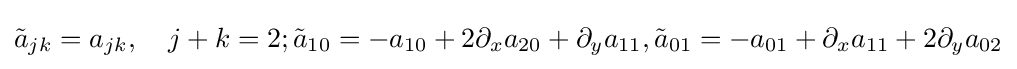
{\tilde {a}}_{jk}=a_{jk},\quad j+k=2;{\tilde {a}}_{10}=-a_{10}+2\partial _{x}a_{20}+\partial _{y}a_{11},{\tilde {a}}_{01}=-a_{01}+\partial _{x}a_{11}+2\partial _{y}a_{02}